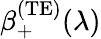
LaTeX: \beta_{+}^{\mathrm{(TE)}}(\lambda)